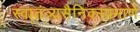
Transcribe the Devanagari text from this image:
स्वातंत्र्यसैनिकाप्रमाणे